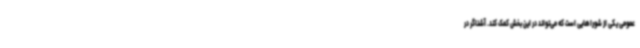
عمومی یکی از شوراهایی است که می‌تواند در این بخش کمک کند. آشناگر در